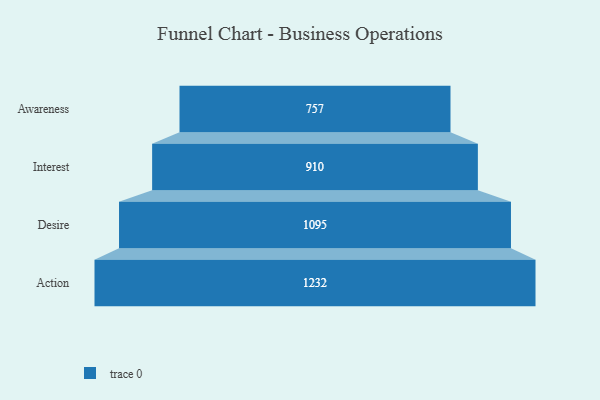
{"axis": {"x": "Stage", "y": "Value"}, "legend": [""], "data": [{"x": "Awareness", "y": 757.0, "type": ""}, {"x": "Interest", "y": 910.0, "type": ""}, {"x": "Desire", "y": 1095.0, "type": ""}, {"x": "Action", "y": 1232.0, "type": ""}]}